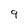
Character: 9